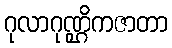
ဂုလာဂုဏ္ဌိကဇာတာ